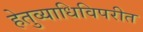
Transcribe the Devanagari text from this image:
हेतुव्याधिविपरीत